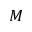
M